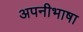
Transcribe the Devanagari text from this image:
अपनीभाषा